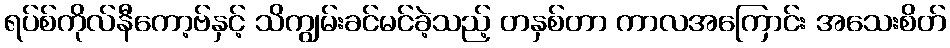
ရပ်စ်ကိုလ်နီကော့ဗ်နှင့် သိကျွမ်းခင်မင်ခဲ့သည့် တနှစ်တာ ကာလအကြောင်း အသေးစိတ်